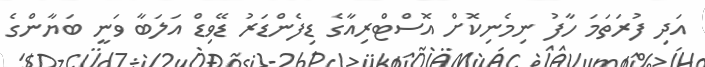
އަދި ފުރަތަމަ ހާފު ނިމެނިކޮށް އޮސްޓްރިއާގެ ޑިފެންޑަރު ޑޭވިޑް އަލަބާ ވަނީ ބަޔާންގެ